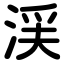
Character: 渓